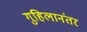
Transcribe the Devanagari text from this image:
गुहिलानंतर